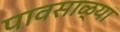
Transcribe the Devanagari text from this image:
पावसाळ्या